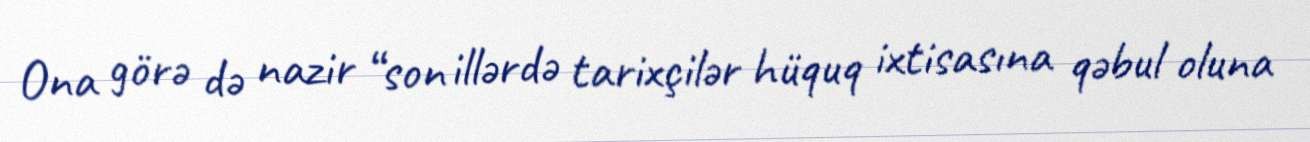
Ona görə də nazir “son illərdə tarixçilər hüquq ixtisasına qəbul oluna